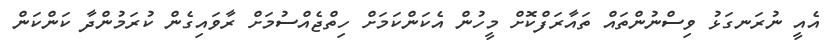
އެއީ ނުރަނގަޅު ވިސްނުންތައް ތައާރަފްކޮށް މީހުން އެކަންކަމަށް ހިތްޖެއްސުމަށް ރާވައިގެން ކުރަމުންދާ ކަންކަން